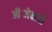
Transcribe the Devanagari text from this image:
ऑब्जेक्टरी